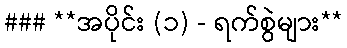
### **အပိုင်း (၁) - ရက်စွဲများ**